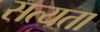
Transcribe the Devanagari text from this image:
सत्‍यता